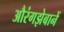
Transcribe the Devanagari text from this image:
औरंगझेबानें